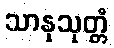
သာနုသုတ္တံ